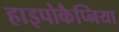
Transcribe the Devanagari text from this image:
हाइपोकैप्निया